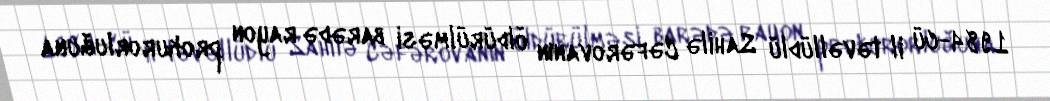
1984-cü il təvəllüdlü Sahilə Cəfərovanın öldürülməsi barədə rayon prokurorluğuna